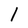
Character: I